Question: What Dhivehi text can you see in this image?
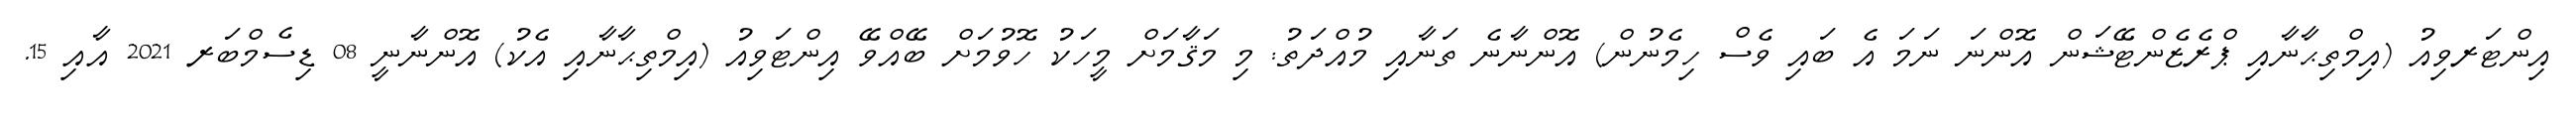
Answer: އިންޓަރވިއު (އިމްތިޙާނާއި ޕްރެޒެންޓޭޝަން އޮންނަ ނަމަ އެ ބައި ވެސް ހިމެނުން) އޮންނާނެ ތަނާއި މުއްދަތު: މި މަޤާމަށް މީހަކު ހޮވުމަށް ބޭއްވޭ އިންޓަވިއު (އިމްތިޙާނާއި އެކު) އޮންނާނީ 08 ޑިސެމްބަރ 2021 އާއި 15.